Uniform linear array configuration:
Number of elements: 24
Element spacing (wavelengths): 0.5
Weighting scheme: kaiser
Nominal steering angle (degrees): -15
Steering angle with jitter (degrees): -15.643
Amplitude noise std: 0.05
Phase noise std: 0.05

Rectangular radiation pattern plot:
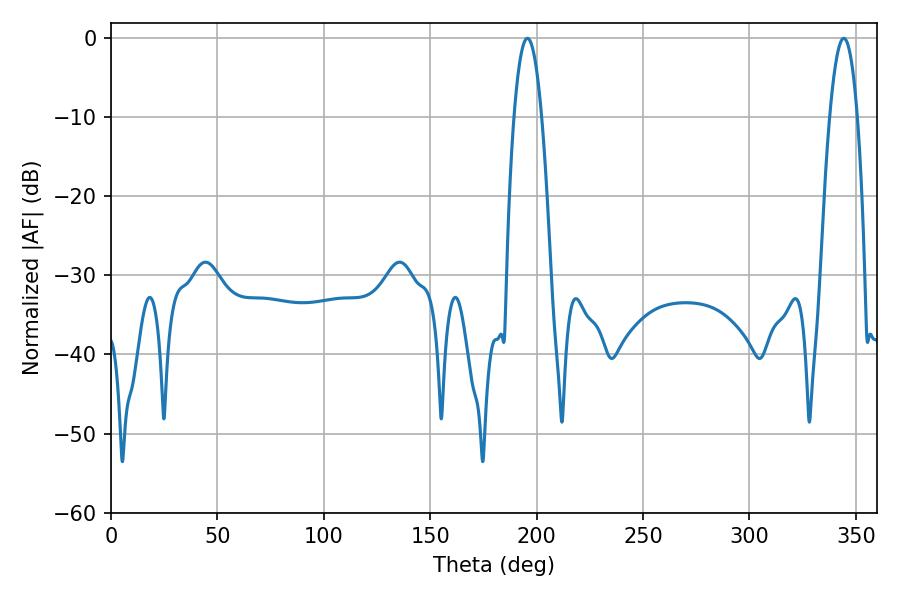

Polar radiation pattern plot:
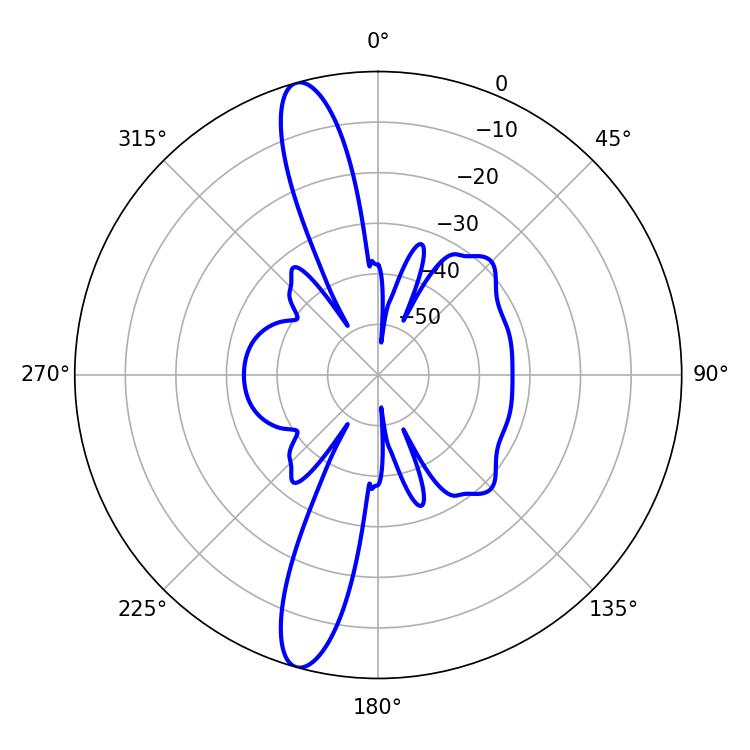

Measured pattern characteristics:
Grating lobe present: FALSE
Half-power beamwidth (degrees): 7.2
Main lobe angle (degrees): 195.66